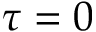
\tau = 0